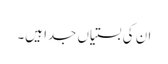
ان کی بستیاں جدا ہیں۔